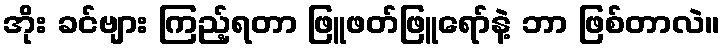
အိုး ခင်ဗျား ကြည့်ရတာ ဖြူဖတ်ဖြူရော်နဲ့ ဘာ ဖြစ်တာလဲ။